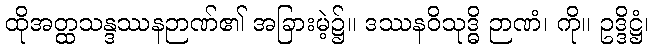
ထိုအတ္ထသန္ဒဿနဉာဏ်၏ အခြားမဲ့၌။ ဒဿနဝိသုဒ္ဓိ ဉာဏံ၊ ကို။ ဥဒ္ဒိဋ္ဌံ၊